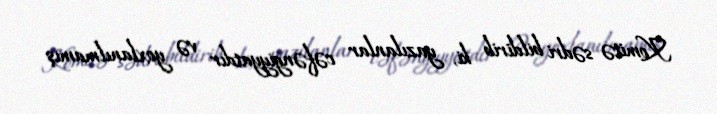
Komitə sədri bildirib ki, yazılanlar cəfəngiyyatdır və yoxlanılmamış